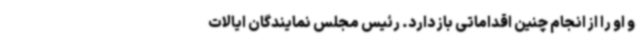
و او را از انجام چنین اقداماتی باز دارد. رئیس مجلس نمایندگان ایالات